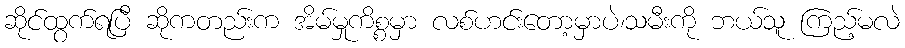
ဆိုင်ထွက်ရပြီ ဆိုကတည်းက အိမ်မှုကိစ္စမှာ လစ်ဟင်းတော့မှာပဲ၊သမီးကို ဘယ်သူ ကြည့်မလဲ